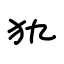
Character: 犰